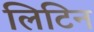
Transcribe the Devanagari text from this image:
लिटिन